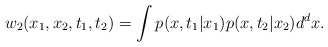
\begin{align*}w_2 (x_1,x_2,t_1,t_2) = \int p(x,t_1|x_1) p(x,t_2|x_2)d^d x.\end{align*}